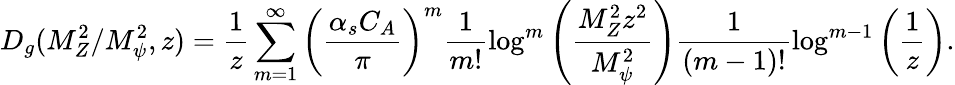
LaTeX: D_{g}(M_{Z}^{2}/M_{\psi}^{2},z)=\frac{1}{z}\sum_{m=1}^{\infty}\left(\frac{\alpha_{s}C_{A}}{\pi}\right)^{m}\frac 1{m!}\log^{m}\left(\frac{M_{Z}^{2}z^{2}}{M_{\psi}^{2}}\right)\frac 1{(m-1)!}\log^{m-1}\left(\frac 1z\right).